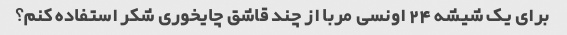
برای یک شیشه 24 اونسی مربا از چند قاشق چایخوری شکر استفاده کنم؟